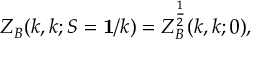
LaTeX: Z _ { B } ( k , k ; S = { \bf 1 } / k ) = Z _ { B } ^ { \frac { 1 } { 2 } } ( k , k ; 0 ) ,